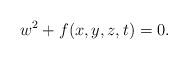
LaTeX: \begin{align*}w^2 + f(x,y,z,t) = 0.\end{align*}